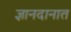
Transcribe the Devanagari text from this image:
ज्ञानदानात